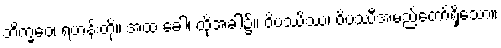
ဘိက္ခဝေ၊ ရဟန်းတို့။ အထ ခေါ၊ ထိုအခါ၌။ ဝိပဿိဿ၊ ဝိပဿီအမည်တော်ရှိသော။